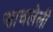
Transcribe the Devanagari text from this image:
साचलेली